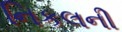
નિકલની